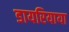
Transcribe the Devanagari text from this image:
डायरियाया